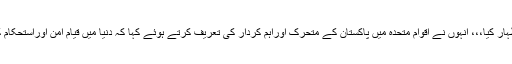
بانکی مون نے کشمیر میں مظالم پر دکھ کا اظہار کیا،،، انہوں نے اقوام متحدہ میں پاکستان کے متحرک اوراہم کردار کی تعریف کرتے ہوئے کہا کہ دنیا میں قیام امن اوراستحکام کے لیے پاکستان کی کوششیں قابل ستائش ہیں۔